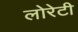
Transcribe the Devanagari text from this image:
लोरेटी